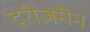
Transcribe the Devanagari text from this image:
ट्रीज़मैन